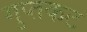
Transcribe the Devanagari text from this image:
गुप्तकट